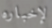
لإخباره